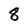
Character: 8